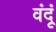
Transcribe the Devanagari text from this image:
वंदूं